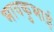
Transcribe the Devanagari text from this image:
भावकुभाई